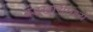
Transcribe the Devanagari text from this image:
बंडखोरीमध्ये